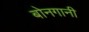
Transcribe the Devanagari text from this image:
बोनगानी